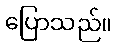
ပြောသည်။